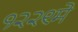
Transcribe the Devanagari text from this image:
१२२९मे